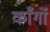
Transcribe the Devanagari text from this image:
काँर्गो